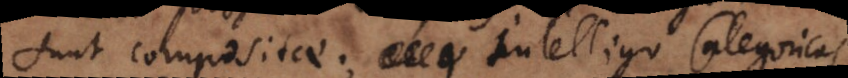
sunt compositae; intelligo Categoricas